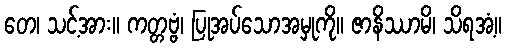
တေ၊ သင့်အား။ ကတ္တဗ္ဗံ၊ ပြုအပ်သောအမှုကို။ ဇာနိဿာမိ၊ သိရအံ့။